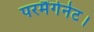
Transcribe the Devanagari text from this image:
परमैंगेनेट।